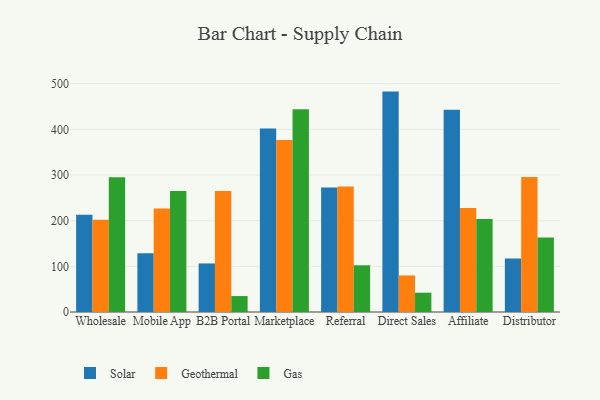
{"axis": {"x": "Channel", "y": "Net Income (USD K)"}, "legend": ["Gas", "Geothermal", "Solar"], "data": [{"x": "Wholesale", "y": 213.1, "type": "Solar"}, {"x": "Wholesale", "y": 201.9, "type": "Geothermal"}, {"x": "Wholesale", "y": 295.3, "type": "Gas"}, {"x": "Mobile App", "y": 128.8, "type": "Solar"}, {"x": "Mobile App", "y": 226.6, "type": "Geothermal"}, {"x": "Mobile App", "y": 265.2, "type": "Gas"}, {"x": "B2B Portal", "y": 106.4, "type": "Solar"}, {"x": "B2B Portal", "y": 264.8, "type": "Geothermal"}, {"x": "B2B Portal", "y": 34.9, "type": "Gas"}, {"x": "Marketplace", "y": 401.8, "type": "Solar"}, {"x": "Marketplace", "y": 376.8, "type": "Geothermal"}, {"x": "Marketplace", "y": 444.0, "type": "Gas"}, {"x": "Referral", "y": 272.9, "type": "Solar"}, {"x": "Referral", "y": 274.6, "type": "Geothermal"}, {"x": "Referral", "y": 102.3, "type": "Gas"}, {"x": "Direct Sales", "y": 482.7, "type": "Solar"}, {"x": "Direct Sales", "y": 80.0, "type": "Geothermal"}, {"x": "Direct Sales", "y": 42.3, "type": "Gas"}, {"x": "Affiliate", "y": 442.8, "type": "Solar"}, {"x": "Affiliate", "y": 227.6, "type": "Geothermal"}, {"x": "Affiliate", "y": 203.6, "type": "Gas"}, {"x": "Distributor", "y": 117.4, "type": "Solar"}, {"x": "Distributor", "y": 295.7, "type": "Geothermal"}, {"x": "Distributor", "y": 163.1, "type": "Gas"}]}